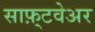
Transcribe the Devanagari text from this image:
साफ़्टवेअर